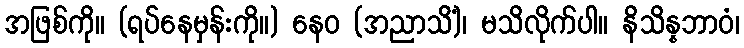
အဖြစ်ကို။ (ရပ်နေမှန်းကို။) နေဝ (အညာသိံ)၊ မသိလိုက်ပါ။ နိသိန္နဘာဝံ၊